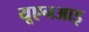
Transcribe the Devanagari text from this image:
यूएनआइ